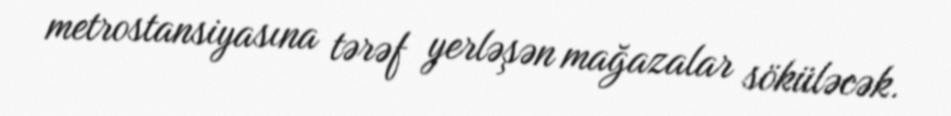
metrostansiyasına tərəf yerləşən mağazalar söküləcək.